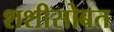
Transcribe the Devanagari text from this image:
शशीसोबत